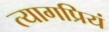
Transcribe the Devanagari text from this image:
त्यागप्रियं